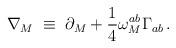
LaTeX: \begin{align*}\nabla_{M} \;\equiv\; \partial_{M}+ \frac{1}{4}\omega_M^{ab}\Gamma_{ab}\,.\end{align*}